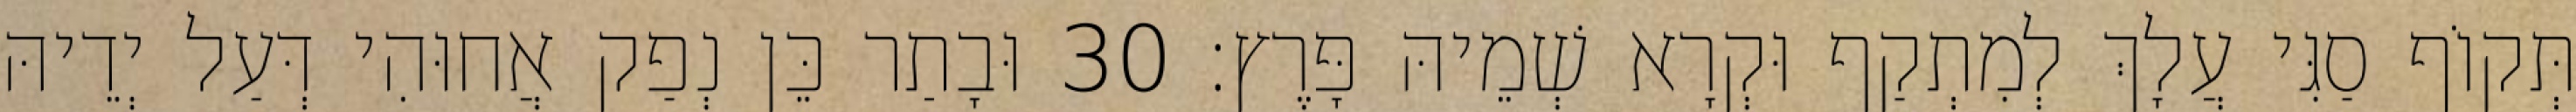
תְּקוֹף סַגִּי עֲלָךְ לְמִתְקַף וּקְרָא שְׁמֵיהּ פָּרֶץ׃ 30 וּבָתַר כֵּן נְפַק אֲחוּהִי דְּעַל יְדֵיהּ